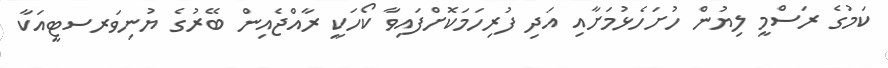
ކަމުގެ ރަސްމީ ލިޔުން ހުށަހެޅުމަށާއި އަދި ފުރިހަމަކޮށްފައިވާ ކޯހަކީ ރާއްޖެއިން ބޭރުގެ ޔުނިވަރސޓީއަކާ